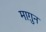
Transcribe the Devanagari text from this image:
माग़ुन